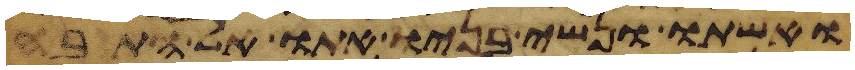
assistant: ואשתו ונשי בניו אתו אל התבה